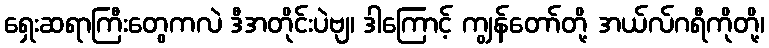
ရှေးဆရာကြီးတွေကလဲ ဒီအတိုင်းပဲဗျ၊ ဒါကြောင့် ကျွန်တော်တို့ အယ်လ်ဂရီကိုတို့၊